Civil Veterinary Dept. Bombay admin report 1893-99 - 1893-1899
Year: 1893
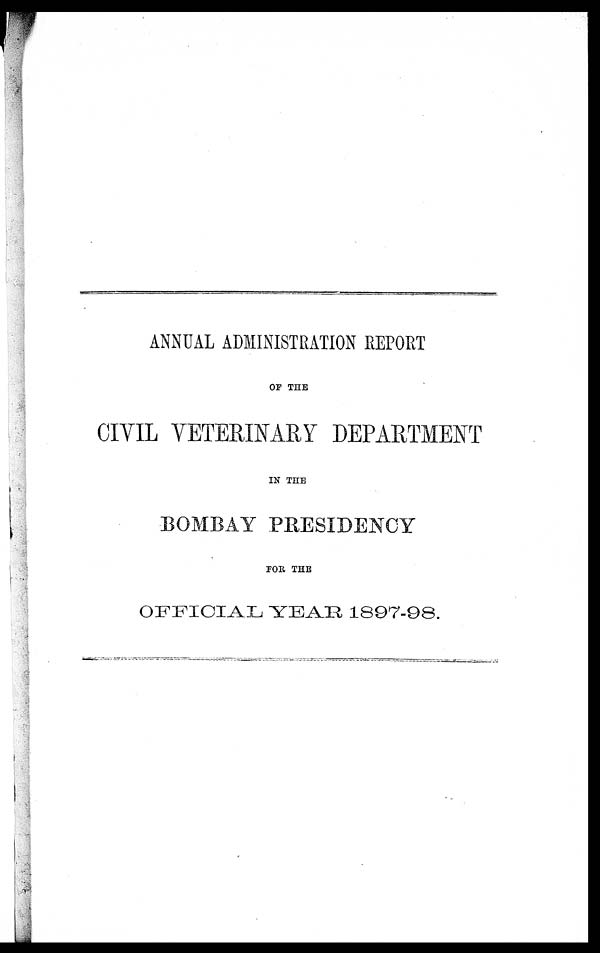
ANNUAL ADMINISTRATION REPORT
OF THE
CIVIL VETERINARY DEPARTMENT
IN THE
BOMBAY PRESIDENCY
FOR THE
OFFICIAL YEAR 1897-98.